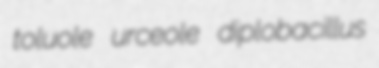
toluole urceole diplobacillus